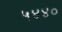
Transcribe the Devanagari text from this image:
५४४०